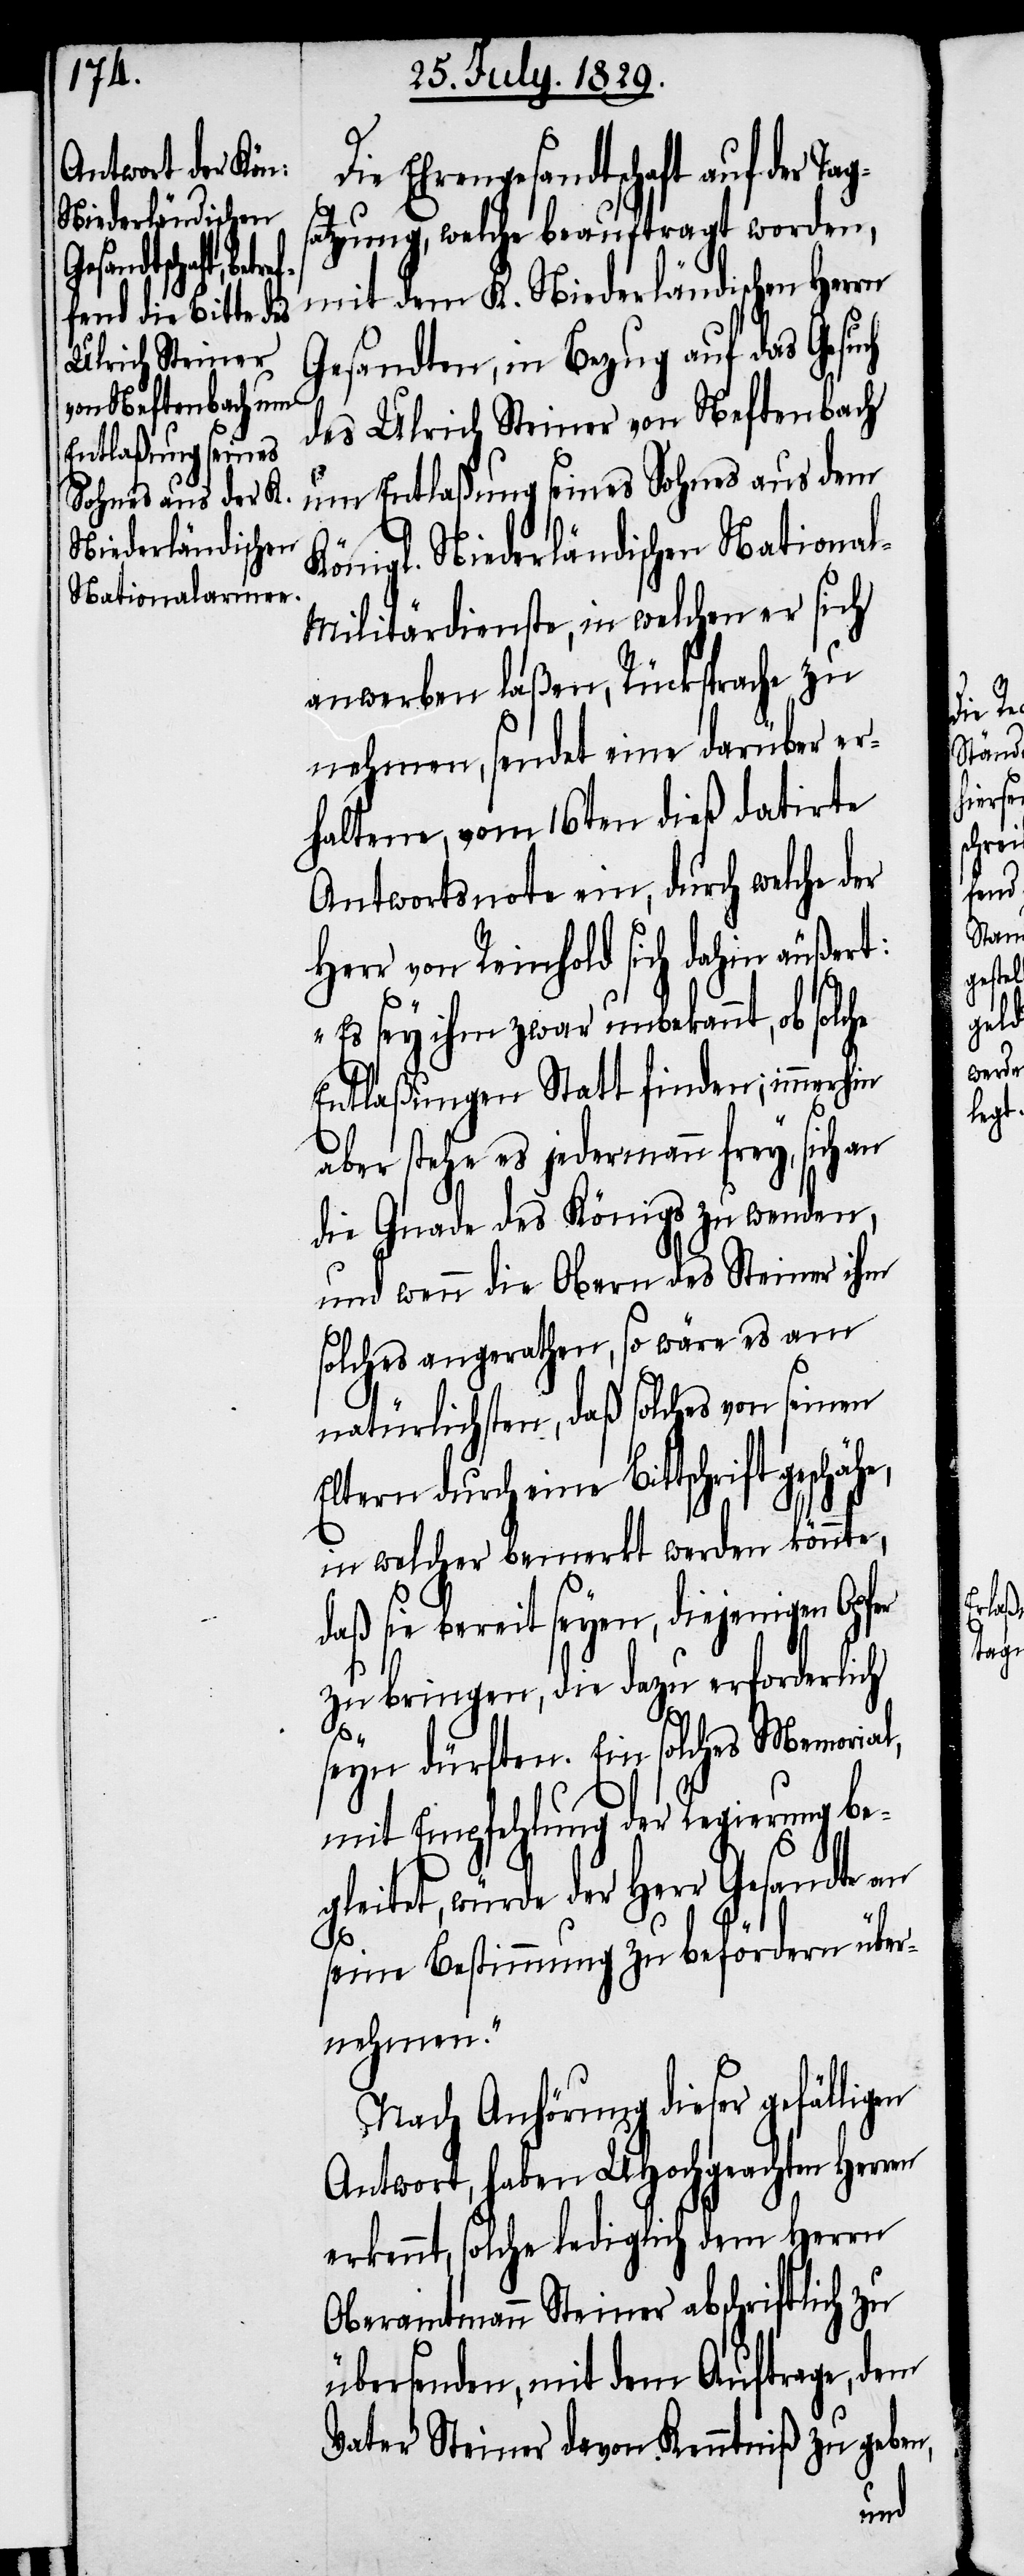
Die Ehrengesandtschaft auf der Tag¬
satzung, welche beauftragt worden,
mit dem K. Niederländischen Herrn
Gesandten, in Bezug auf das Gesuch
des Ulrich Steiner von Neftenbach
um Entlaßung seines Sohnes aus dem
Königl. Niederländischen Nationa¬
l-Militärdienste, in welchen er sich
anwerben laßen, Rücksprache zu
nehmen, sendet eine darüber er¬
haltene, vom 16ten dieß datirte
Antwortsnote ein, durch welche der
Herr von Reinhold sich dahin äußert:
„Es sey ihm zwar unbekannt, ob solche
Entlaßungen Statt finden; immerhin
aber stehe es jedermann frey, sich an
die Gnade des Königs zu wenden,
und wenn die Obern des Steiner ihm
solches angerathen, so wäre es am
natürlichsten, daß solches von seinen
Eltern durch eine Bittschrift
in welcher bemerkt werden könnte,
daß sie bereit seyen, diejenigen Opfer
zu bringen, die dazu erforderlich
seyn dürften. Ein solches Memoria¬
mit Empfehlung der Regierung beg¬
leitet, würde der Herr Gesandte an
seine Bestimmung zu befördern über¬
nehmen.“
Nach Anhörung dieser gefällig¬
Antwort, haben UHochgeachten Herren
erkennt, solche lediglich dem Herrn
Oberamtmann Steiner abschriftlich zu
übersenden, mit dem Auftrage, dem
Vater Steiner davon Kenntniß zu geben,

en